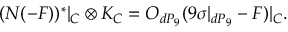
( N ( - F ) ) ^ { * } | _ { C } \otimes K _ { C } = { \cal O } _ { d P _ { 9 } } ( 9 \sigma | _ { d P _ { 9 } } - F ) | _ { C } .